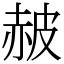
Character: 𧹞